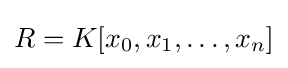
R=K[x_{0},x_{1},\ldots ,x_{n}]